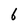
Character: 6